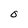
Character: O